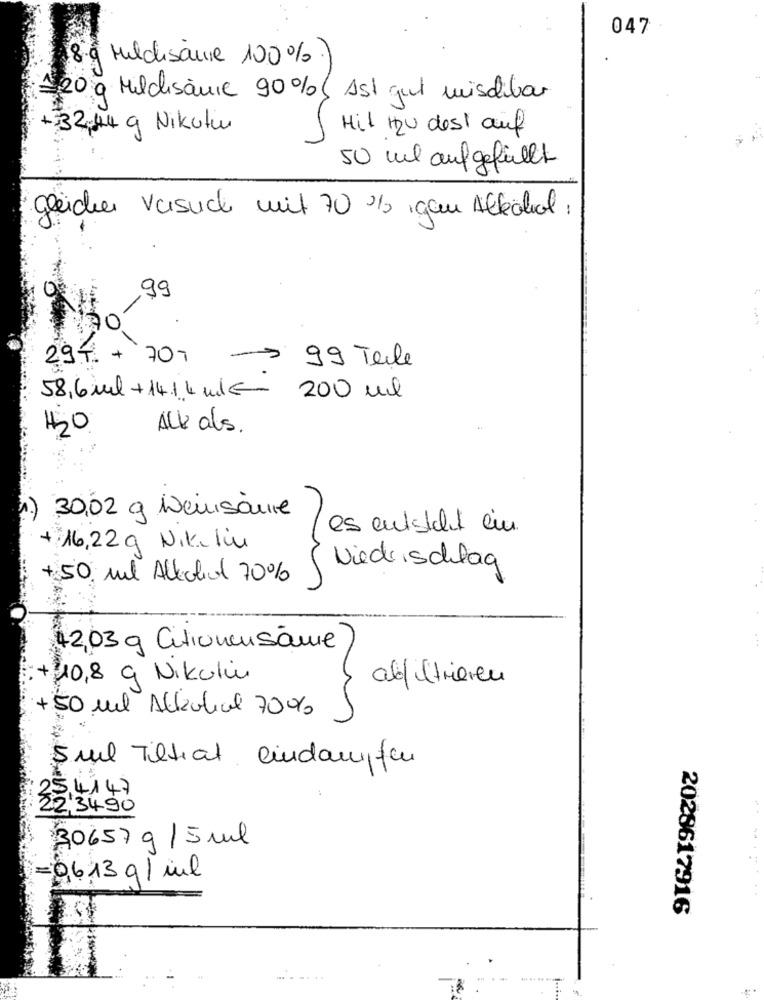
047
8.9 Mildisanie 100%
120 g Milchisanie 90%{ 1st gut mischibar
+=32:44 g Nikotin
Hit zu dest auf
50 ml aufgefüllt
gleichen versuch mit 70 % igen Allechal :
,99
294. +
707
-> 99 Tele
58,6 ml +14.1 kw/€- 200 ml
150
ALL als.
30,02 g Weinsäure
es entsteht ein.
+ 16,22g Nik. lin
Niederschlag
+50 ml Allecliol 70%
42,03 g Citionensäure
...
10,8 g Nikulin
abfiltreren
+50 Ml Abbatiale 70%
5mil Tiltiat eindamffer
254147
22,3490
30657 9 /5ml
=0,6.13 g / ml
2028617916
-